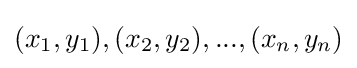
{\textstyle (x_{1},y_{1}),(x_{2},y_{2}),...,(x_{n},y_{n})}